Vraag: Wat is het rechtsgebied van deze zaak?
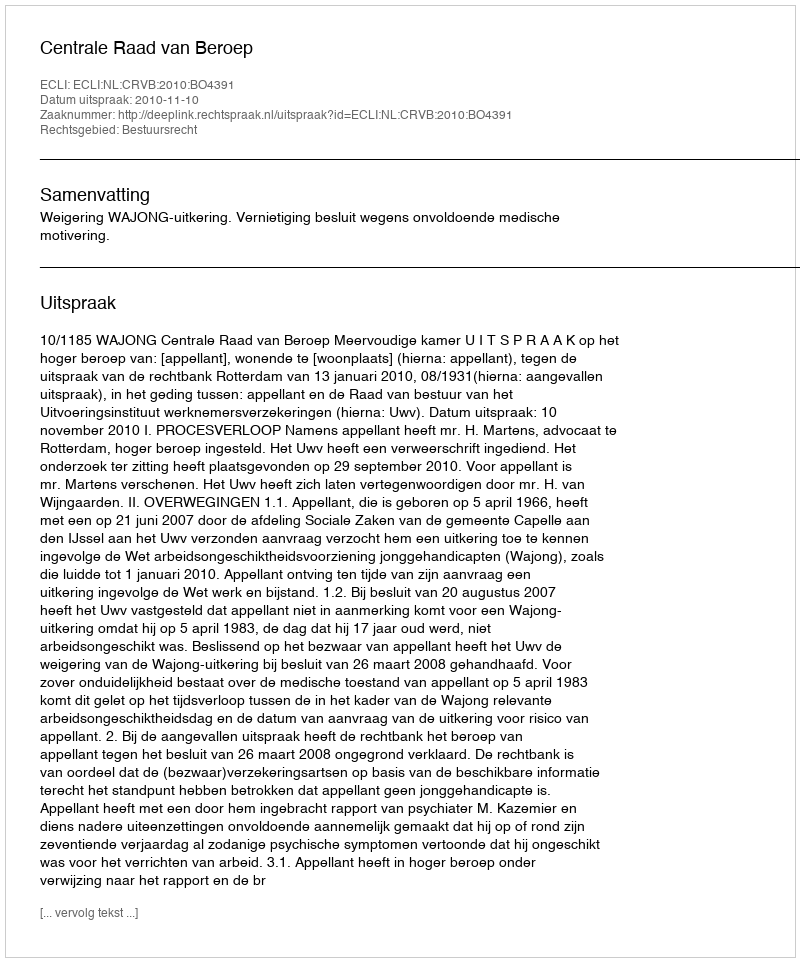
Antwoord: Bestuursrecht